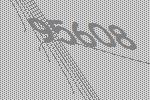
95608